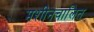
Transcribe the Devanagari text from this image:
मशीनचालित